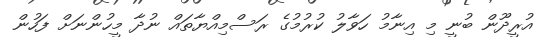
އުރީދޫން ބުނީ މި އިނާމު ހަވާލު ކުރުމުގެ ރަސްމިއްޔާތައް ނުދާ މީހުންނަށް ފަހުން